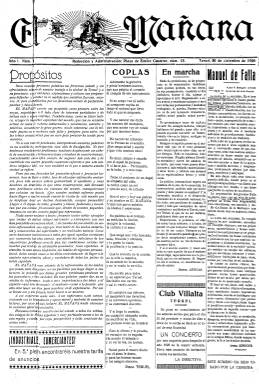
Título: El Mañana (Teruel)
Colección: Periódicos
Ámbito geográfico: Teruel
Lugar de publicación: Teruel
Fechas: 30/12/1928-15/04/1931

Diario fundado por el ingeniero de Caminos, empresario y político romanonista José Torán de la Rad (1888-1932), que previamente había sido también fundador y propietario del asimismo monárquico-conservador “diario independiente” –según su subtítulo – La Provincia (1921-1924), editado también en Teruel, ciudad en la que Torán fue alcalde de 1922 a 1923. El Mañana estuvo dirigido por Luis Alonso Fernández, abogado y profesor de Lengua y Literatura en la Escuela Normal de Magisterio de esta ciudad y así mismo político tradicionalista-católico, que al iniciarse la dictadura primoriverista había sido jefe provincial de la Unión Patriótica. El nuevo diario de Torán publicará su primer número el 30 de diciembre de 1928, en el que Miguel Artigas escribirá un artículo de saludo. Seguirá apareciendo todos los días, excepto los lunes, en entregas de ocho páginas, compuestas a cinco columnas.

Es un diario típico de la época de información general, con editoriales y artículos, noticias locales, provinciales, nacionales y del extranjero y una sección de última hora, siendo servidas estas por la agencia Mencheta y publicadas en una sección que comienza denominándose Información telefónica, telegráfica y radiotelefónica. También tiene secciones de Revista de prensa, Ecos taurinos, Notas de sociedad, así como de Teatros y cinematógrafos, Vulgarizaciones históricas, Hoja literaria, Medicina o La semana religiosa. Ofrece también información deportiva y de sucesos, además de la de política, y publica folletines. Melchora Herrero será autora de una serie titulada Escritoras turolenses. Llega a insertar también fotograbados de actualidad y otras ilustraciones, así como un buen número de anuncios comerciales y esquelas. Contó con numerosos colaboradores, algunos de ellos firmaron con seudónimo, así como con Miguel Fernández Sánchez (Peñaflor), como corresponsal en Madrid.

Siendo un periódico monárquico conservador, el 15 de abril de 1931 anuncia su despedida y deja de publicarse. Torán, antes de fallecer en enero de 1932, se presentó como independiente y fue elegido diputado nacional en las elecciones de junio de 1931. Por su parte, el director del diario, Alonso Fernández, que también había dirigido El Labrador (1922-1934), órgano de la Federación Turolense de Sindicatos Agrarios Católicos, pasará a formar parte de la directiva provincial de la Colación de Derechas en las elecciones municipales de 1932 y como redactor del diario católico Acción (1932-1936), y, en mayo de 1939, será nombrado director de la Escuela Normal de Magisterio de Teruel.

Referencia bibliográfica para la prensa turolense y este título el trabajo de Fernández Clemente sobre la Historia de la prensa aragonesa (1995).